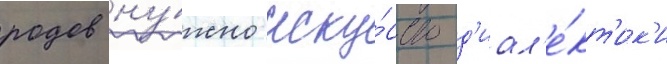
родов ну́жно иску́сство д'иал'е́кт'ик'и